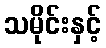
သမိုင်းနှင့်